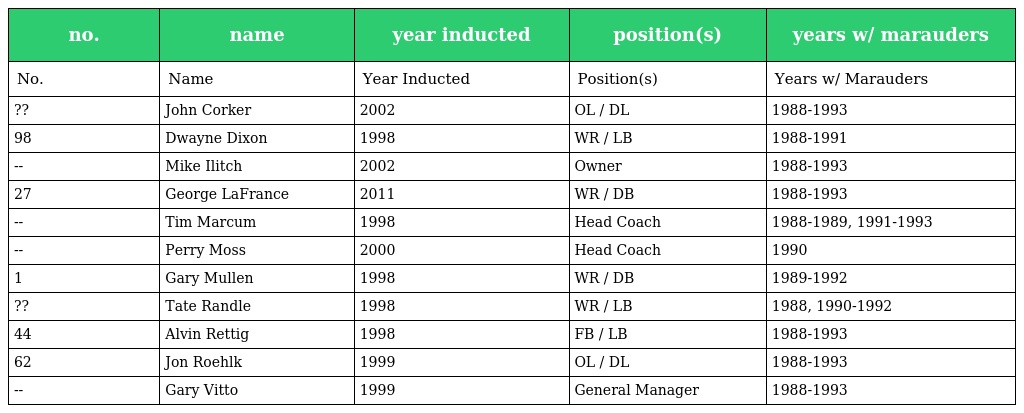
| no. | name | year inducted | position(s) | years w/ marauders |
 | --- | --- | --- | --- | --- |
 | No. | Name | Year Inducted | Position(s) | Years w/ Marauders |
 | ?? | John Corker | 2002 | OL / DL | 1988-1993 |
 | 98 | Dwayne Dixon | 1998 | WR / LB | 1988-1991 |
 | -- | Mike Ilitch | 2002 | Owner | 1988-1993 |
 | 27 | George LaFrance | 2011 | WR / DB | 1988-1993 |
 | -- | Tim Marcum | 1998 | Head Coach | 1988-1989, 1991-1993 |
 | -- | Perry Moss | 2000 | Head Coach | 1990 |
 | 1 | Gary Mullen | 1998 | WR / DB | 1989-1992 |
 | ?? | Tate Randle | 1998 | WR / LB | 1988, 1990-1992 |
 | 44 | Alvin Rettig | 1998 | FB / LB | 1988-1993 |
 | 62 | Jon Roehlk | 1999 | OL / DL | 1988-1993 |
 | -- | Gary Vitto | 1999 | General Manager | 1988-1993 |